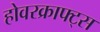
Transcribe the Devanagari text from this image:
होवरक्राफ्ट्स